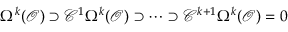
\Omega ^ { k } ( { \mathcal { O } } ) \supset { \mathcal { C } } ^ { 1 } \Omega ^ { k } ( { \mathcal { O } } ) \supset \cdots \supset { \mathcal { C } } ^ { k + 1 } \Omega ^ { k } ( { \mathcal { O } } ) = 0